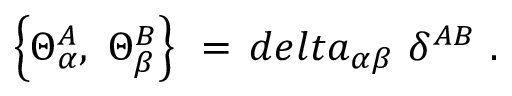
\left\{ \Theta _ { \alpha } ^ { A } , \ \Theta _ { \beta } ^ { B } \right\} \ = \, d e l t a _ { \alpha \beta } \ \delta ^ { A B } \ .